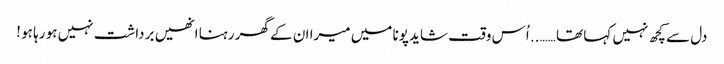
دل سے کچھ نہیں کہا تھا …….. اُس وقت شاید پونا میں میرا ان کے گھر رہنا انھیں برداشت نہیں ہو رہا ہو !